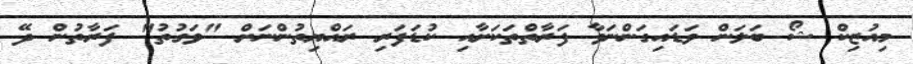
މިއުޒިކް ޝޯ ބަލަން ވަޑައިގަންނަވާ ފަރާތްތަކަށާއި ކުޑަފަރި ރައްޔިތުންނަށް "ވަގުތު" ފަރާތުން ދޭ